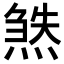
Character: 𬊹